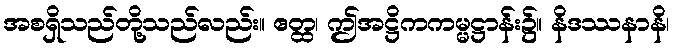
အစရှိသည်တို့သည်လည်း။ ဧတ္ထ၊ ဤအဋ္ဌိကကမ္မဋ္ဌာန်း၌။ နိဒဿနာနိ၊